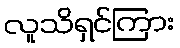
လူသိရှင်ကြား